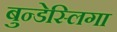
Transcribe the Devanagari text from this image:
बुन्डेस्लिगा